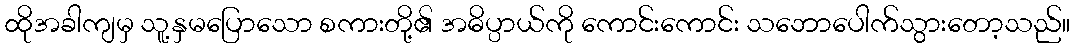
ထိုအခါကျမှ သူ့နှမပြောသော စကားတို့၏ အဓိပ္ပာယ်ကို ကောင်းကောင်း သဘောပေါက်သွားတော့သည်။